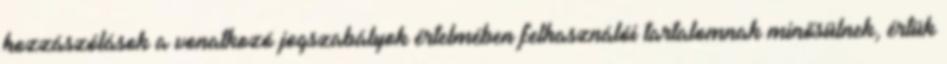
hozzászólások a vonatkozó jogszabályok értelmében felhasználói tartalomnak minősülnek, értük